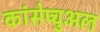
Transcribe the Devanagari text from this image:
कांसेप्चुअल